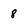
Character: 8